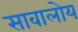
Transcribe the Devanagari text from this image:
सावालोय